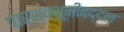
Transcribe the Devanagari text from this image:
पार्श्वभूमीबद्दल